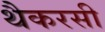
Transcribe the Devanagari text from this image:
थैकरसी